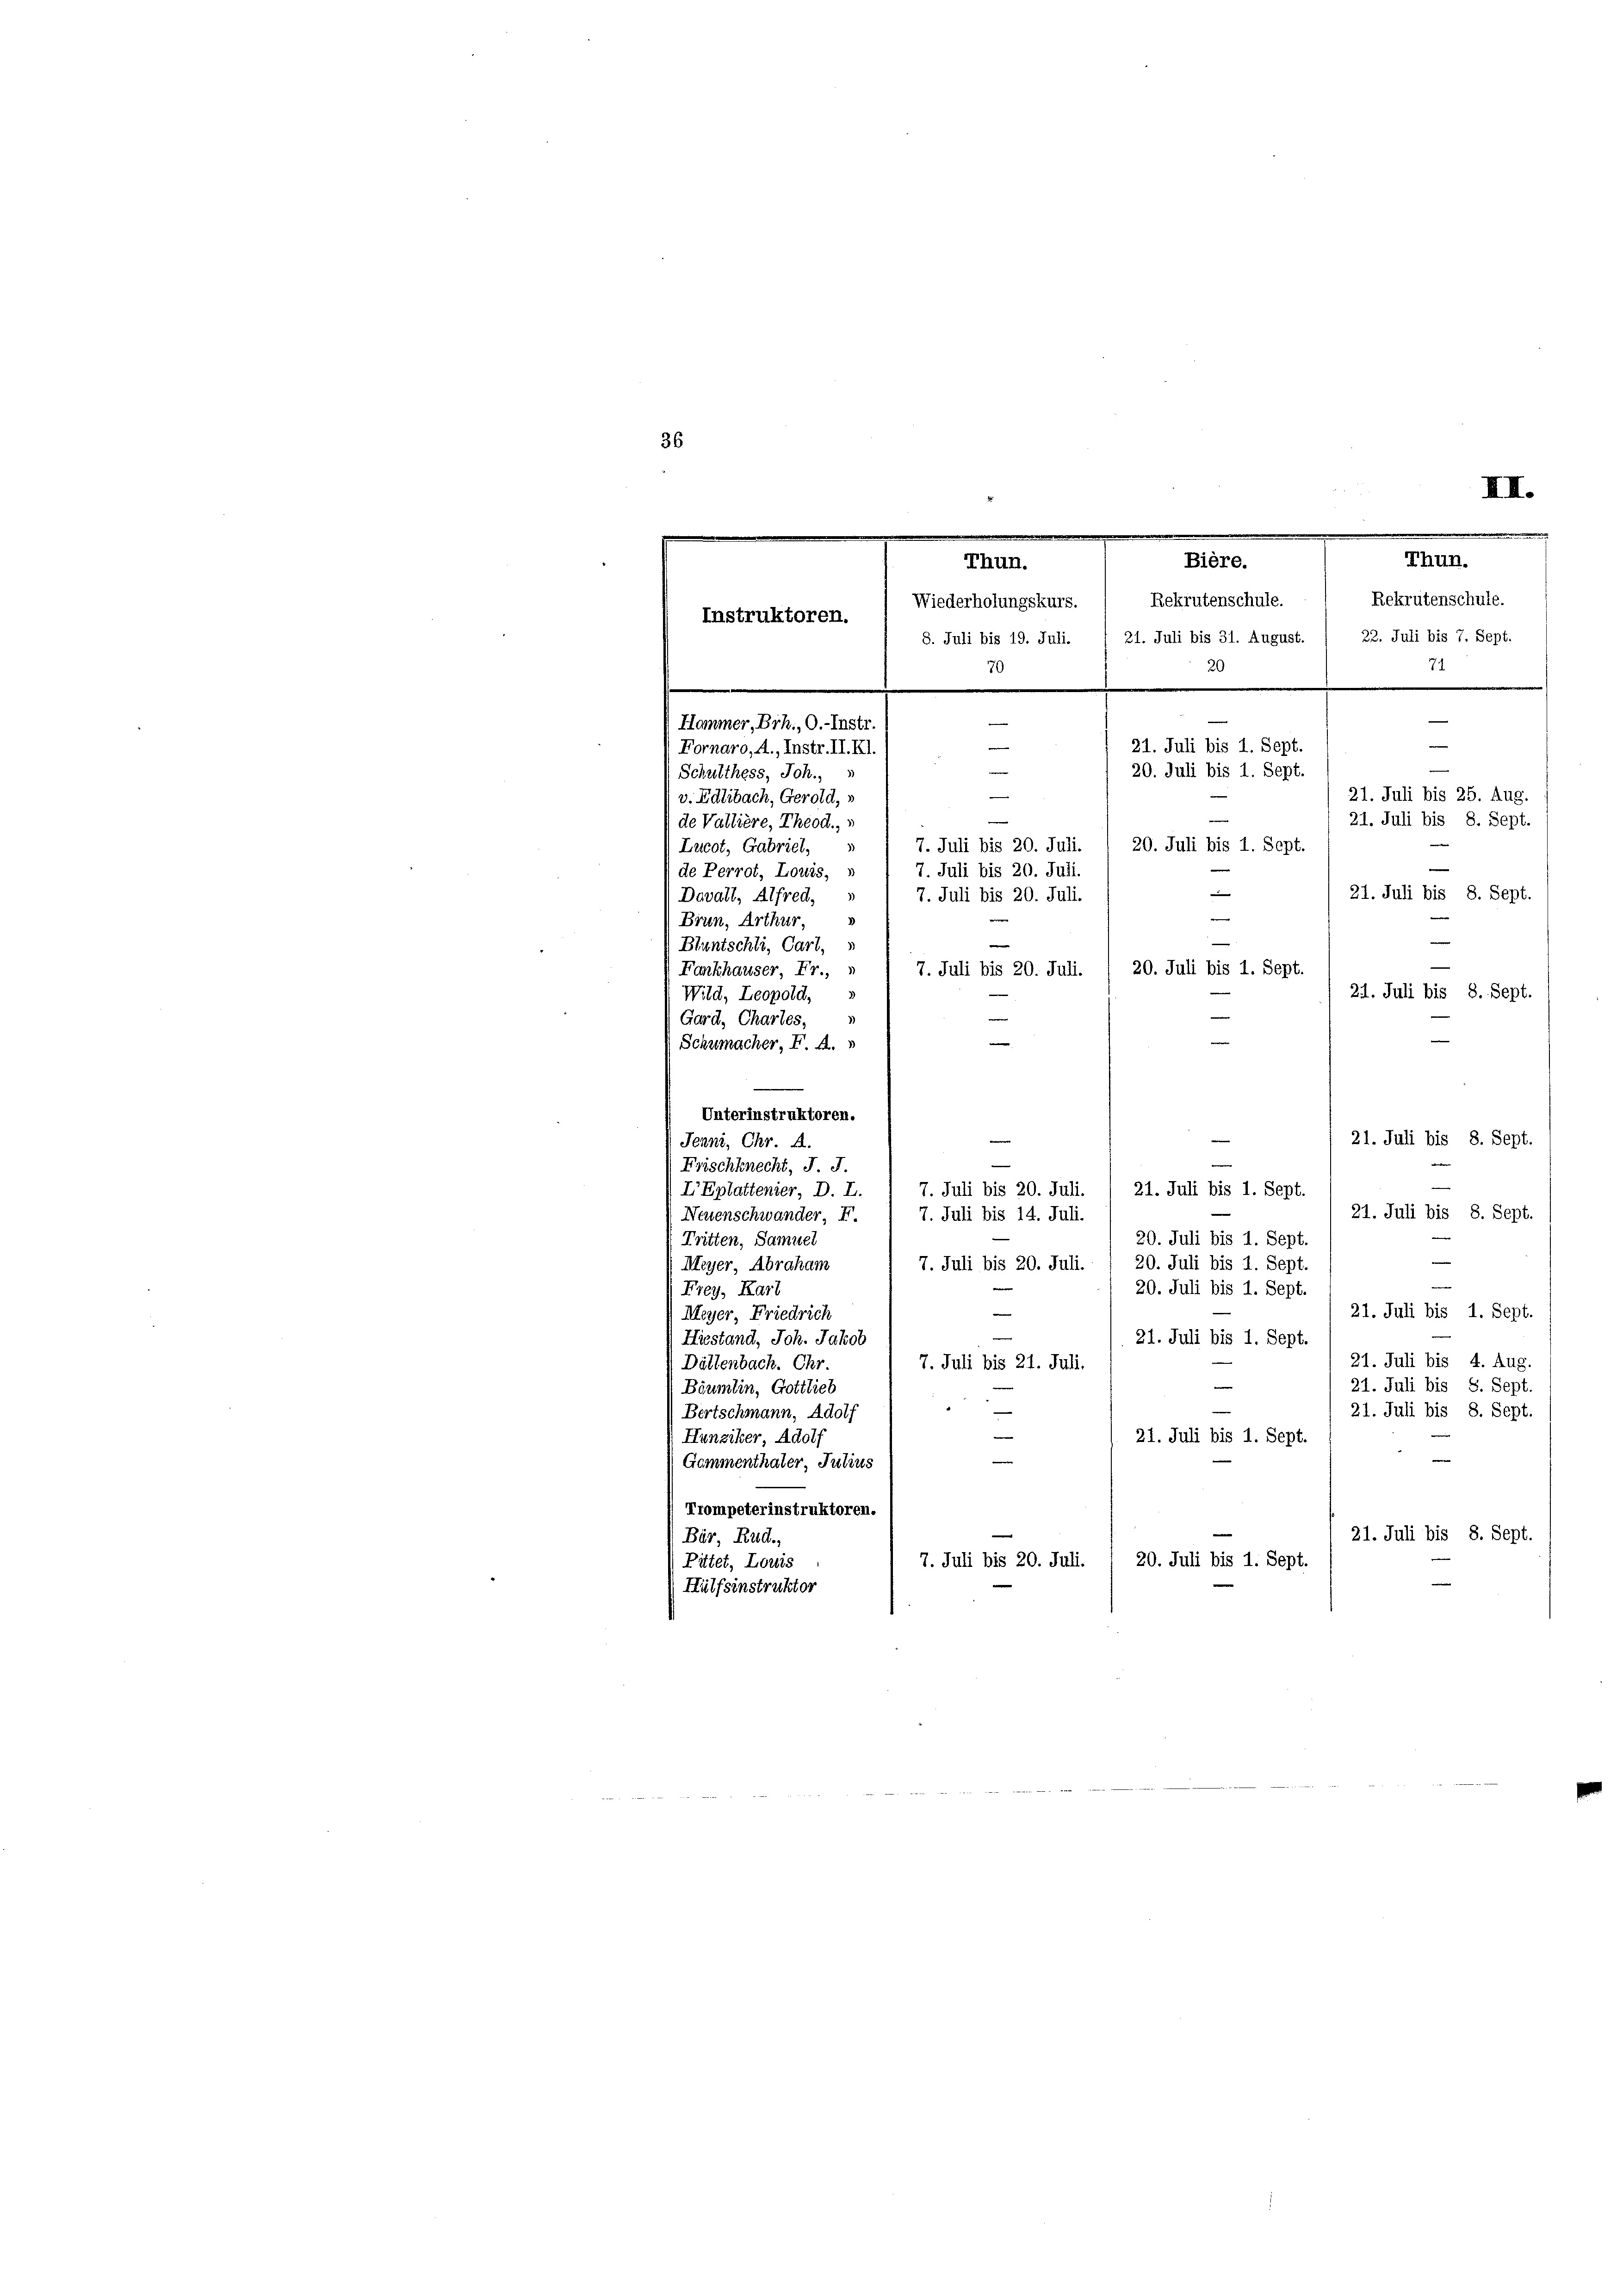
36

Thun.
de Vallière, Theod.,
7. Juli bis 20. Juli.
Lucot, Gabriel,
.
de Perrot, Louis, »
7. Juli bis 20. Juli.
s
21. Juli bis 8. Sept.
Davatt, Alfred,
7. Juli bis 20. Juli.
e
Brun, Arthur,
e
Bluntschli, Cart,
20. Juli bis 1. Sept.
Fankhauser, Fr.,
7. Juli bis 20. Juli.
21. Juli bis 8. Sept.
Wild, Leopold,
.
e
Gard, Chartes,
e
Schumacher, F. A.
Unterinstruktoren.
e
21. Juli bis 8. Sept.
Jenni, Chr. A.
Frischknecht, J. J.
n
7. Juli bis 20. Juli.
IEplattenier, D. L.
21. Juli bis 1. Sept.
21. Juli bis 8. Sept.
Neuenschwander, F.
7. Juli bis 14. Juli.
Tritten, Samuel
20. Juli bis 1. Sept.

20. Juli bis 1. Sept.
7. Juli bis 20. Juli.
Meyer, Abraham
¬
20. Juli bis 1. Sept.
Frey, Karl
21. Juli bis 1. Sept.
Meyer, Friedrich
21. Juli bis 1. Sept.
Hiestand, Joh. Jakob
21. Juli bis 4. Aug.
Dättenbach. Chr.
7. Juli bis 21. Juli.
e
e
21. Juli bis S. Sept.
Bäumlin, Gottlieb
21. Juli bis 8. Sept.
Bertschmann, Adolf
21. Juli bis 1. Sept.
Hunziker, Adolf
Gommenthaler, Julius
Trompeterinstruktoren.
21. Juli bis 8. Sept.
Bär, Rud.,
7. Juli bis 20. Juli.
20. Juli bis 1. Sept.
Pittet, Louis
Hülfsinstruktor

.
Bière.
Thun.
Wiederholungskurs. / Rekrutenschule.  Rekrutenschule.
Instruktoren.
8. Juli bis 19. Juli. / 21. Juli bis 31. August. / 22. Juli bis 7. Sept.
20
70
Hammer, Brh., O.-Instr

21. Juli bis 1. Sept.
Fornaro, A., Instr. II. Kl.
e
20. Juli bis 1. Sept.
Schulthess, Joh.,
n
v. Edlibach, Gerold,

7.
.
e
e
21. Juli bis 25. Aug.
21. Juli bis 8. Sept.
20. Juli bis 1. Sept.

III.